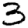
Digit: 3